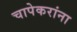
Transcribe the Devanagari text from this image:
चापेकरांना